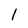
Character: I